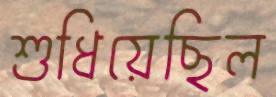
শুধিয়েছিল